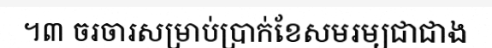
។៣ ចរចារសម្រាប់ប្រាក់ខែសមរម្យជាជាង